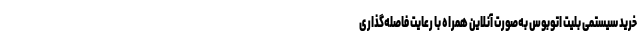
خرید سیستمی بلیت اتوبوس به‌صورت آنلاین همراه با رعایت فاصله‌گذاری